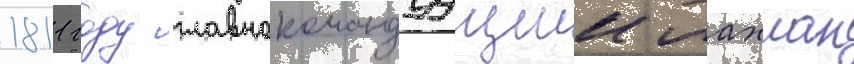
1811 году главнокомандуущии лахлан